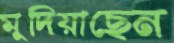
মুদিয়াছেন